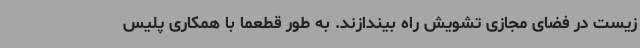
زیست در فضای مجازی تشویش راه بیندازند. به طور قطعما با همکاری پلیس